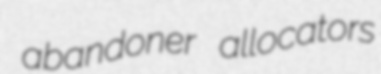
abandoner allocators